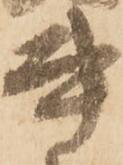
書